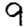
Digit: 9